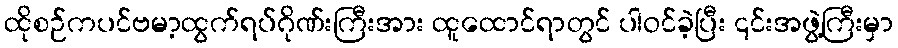
ထိုစဉ်ကပင်ဗမာ့ထွက်ရပ်ဂိုဏ်းကြီးအား ထူထောင်ရာတွင် ပါဝင်ခဲ့ပြီး ၎င်းအဖွဲ့ကြီးမှာ